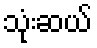
သုံးဆယ်